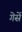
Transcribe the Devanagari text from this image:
गेसें